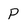
Character: P